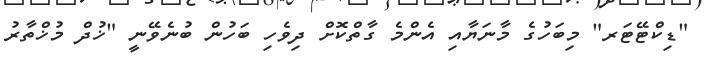
"ޑިކްޓޭޓަރ" މިބަހުގެ މާނަޔާއި އެންމެ ގާތްކޮށް ދިވެހި ބަހުން ބުނެވޭނީ "ޚުދް މުޚްތާރު